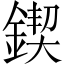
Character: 鍥